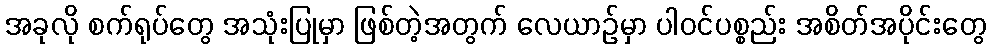
အခုလို စက်ရုပ်တွေ အသုံးပြုမှာ ဖြစ်တဲ့အတွက် လေယာဉ်မှာ ပါဝင်ပစ္စည်း အစိတ်အပိုင်းတွေ